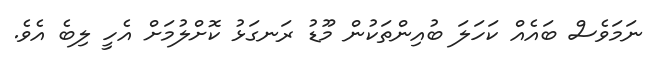
ނަމަވެސް ބައެއް ކަހަލަ ބުއިންތަކުން މޫޑު ރަނގަޅު ކޮށްލުމަށް އެހީ ލިބެ އެވެ.